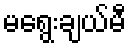
မရွေးချယ်မီ